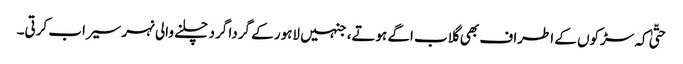
حتّیٰ کہ سڑکوں کے اطراف بھی گلاب اگے ہوتے، جنہیں لاہور کے گردا گرد چلنے والی نہر سیراب کرتی۔